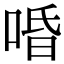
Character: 㖧